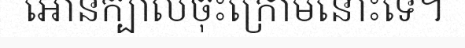
អោនក្បាលចុះក្រោមនោះទេ។